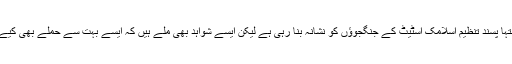
ماسکو حکومت کا کہنا ہے کہ وہ اپنی اس فضائی کارروائی میں انتہا پسند تنظیم اسلامک اسٹیٹ کے جنگجوؤں کو نشانہ بنا رہی ہے لیکن ایسے شواہد بھی ملے ہیں کہ ایسے بہت سے حملے بھی کیے گئے ہیں، جن میں دیگر باغی گروہوں کو بھی نشانہ بنایا گیا ہے۔